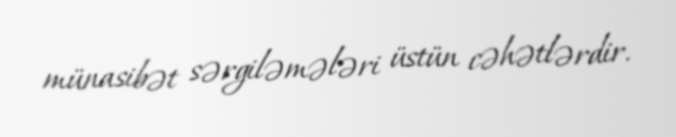
münasibət sərgiləmələri üstün cəhətlərdir.